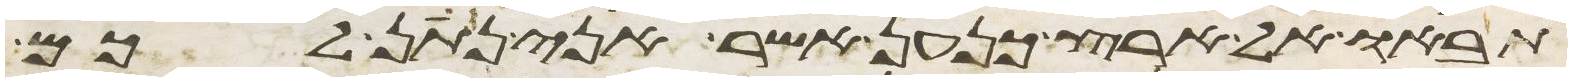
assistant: תבאו אל ארץ כנען אשר אני נתן לכם